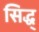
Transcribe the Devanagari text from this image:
सिद्ध्